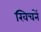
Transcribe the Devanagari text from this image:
खिचनें